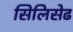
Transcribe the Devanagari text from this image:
सिलिसेढ